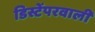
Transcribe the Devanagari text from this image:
डिस्टेंपरवाली